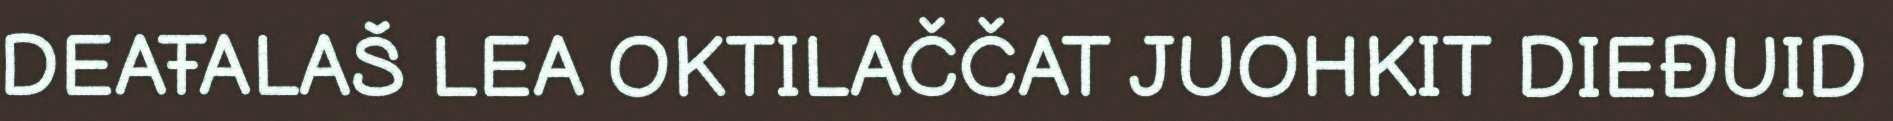
DEAŦALAŠ LEA OKTILAČČAT JUOHKIT DIEĐUID